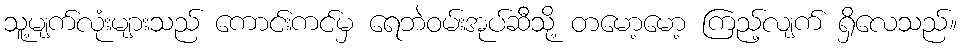
သူ့မျက်လုံးများသည် ကောင်းကင်မှ ရေဘဲဝမ်းအုပ်ဆီသို့ တမော့မော့ ကြည့်လျက် ရှိလေသည်။